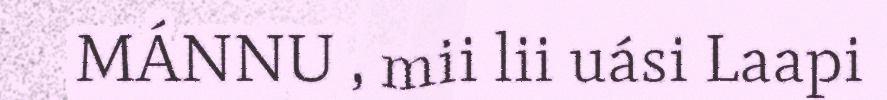
MÁNNU , mii lii uási Laapi